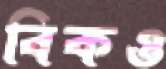
বিকও